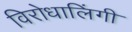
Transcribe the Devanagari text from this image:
विरोधालिंगी